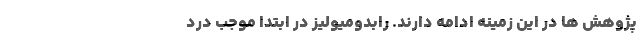
پژوهش ها در این زمینه ادامه دارند. رابدومیولیز در ابتدا موجب درد